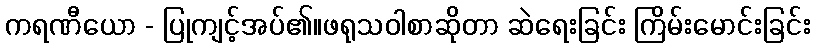
ကရဏီယော - ပြုကျင့်အပ်၏။ဖရုသဝါစာဆိုတာ ဆဲရေးခြင်း ကြိမ်းမောင်းခြင်း